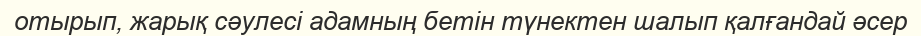
отырып, жарық сәулесі адамның бетін түнектен шалып қалғандай әсер